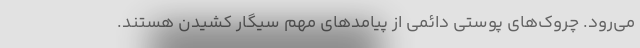
می‌رود. چروک‌های پوستی دائمی از پیامد‌های مهم سیگار کشیدن هستند.